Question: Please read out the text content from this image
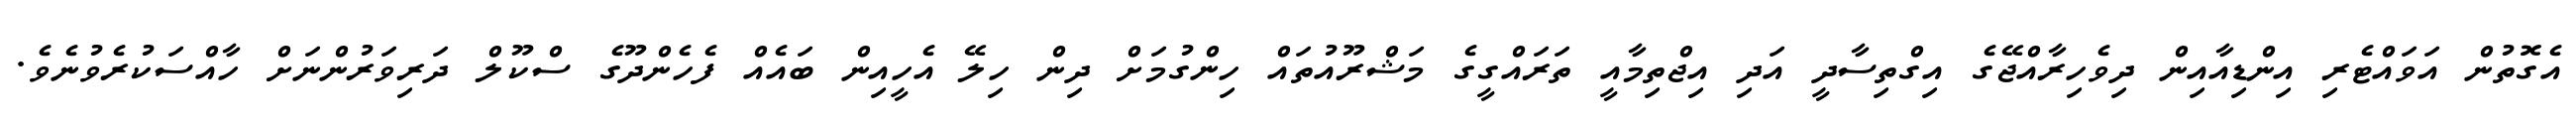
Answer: އެގޮތުން އަވައްޓެރި އިންޑިއާއިން ދިވެހިރާއްޖޭގެ އިގްތިސާދީ އަދި އިޖްތިމާއީ ތަރައްގީގެ މަޝްރޫއުތައް ހިންގުމަށް ދިން ހިލޭ އެހީއިން ބައެއް ފެހެންދޫގެ ސްކޫލް ދަރިވަރުންނަށް ހާއްސަކުރެވުނެވެ.